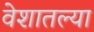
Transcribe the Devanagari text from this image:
वेशातल्या